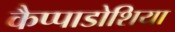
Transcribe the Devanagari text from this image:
कैप्पाडोशिया